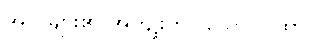
အလှူများ၏ အကျိုးကိုပြသော ဂါထာ။